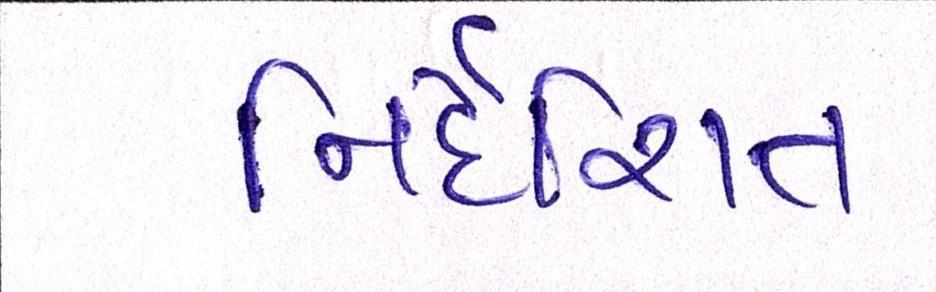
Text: નિર્દેશિત